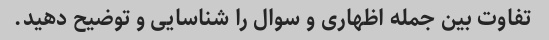
تفاوت بین جمله اظهاری و سوال را شناسایی و توضیح دهید.